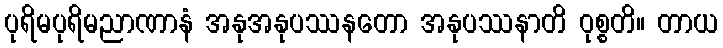
ပုရိမပုရိမညာဏာနံ အနုအနုပဿနတော အနုပဿနာတိ ဝုစ္စတိ။ တာယ